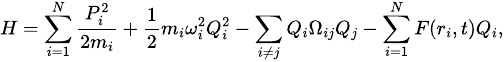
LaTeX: \scriptsize H=\sum_{i=1}^{N}\frac{P_{i}^{2}}{2m_{i}}+\frac{1}{2}m_{i}\omega_{i}^{2}Q_{i}^{2}-\sum_{i\neq j}Q_{i}\Omega_{ij}Q_{j}-\sum_{i=1}^{N}F(r_{i},t)Q_{i},